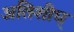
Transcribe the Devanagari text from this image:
अतिशीघ्